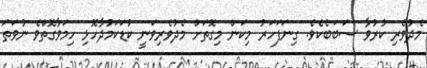
މެދުވެރި ކުރުވާ ސަބަބެކެވެ. ގިނަފަހަރު މިކަން މިގޮތަށް މެދުވެރިވަނީ ކުޑަކަމުދާހޮޅި ހިމަވާގޮތްވެ ނުވަތަ